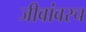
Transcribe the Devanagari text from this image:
जीवांवरच